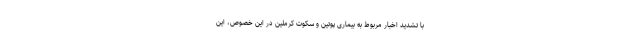
با تشدید اخبار مربوط به بیماری پوتین و سکوت کرملین در این خصوص، این